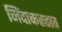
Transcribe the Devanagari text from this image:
निंदाकरतात